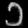
Digit: ၁